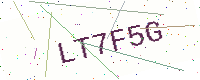
Text: LT7F5G